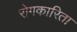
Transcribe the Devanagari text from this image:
रोगकारिता